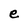
Character: e